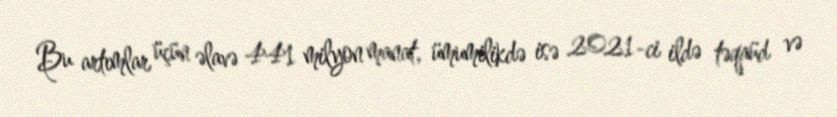
Bu artımlar üçün əlavə 441 milyon manat, ümumilikdə isə 2021-ci ildə təqaüd və